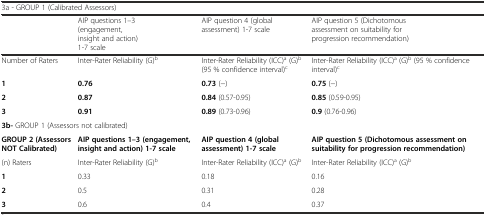
| <COLSPAN=4> 3a - GROUP 1 (Calibrated Assessors) |
 |  | AIP questions 1–3 (engagement, insight and action) 1-7 scale | AIP question 4 (global assessment) 1-7 scale | AIP question 5 (Dichotomous assessment on suitability for progression recommendation) |
 | --- | --- | --- | --- |
 | Number of Raters | Inter-Rater Reliability (G)b | Inter-Rater Reliability (ICC)a (G)b (95 % confidence interval)c | Inter-Rater Reliability (ICC)a (G)b (95 % confidence interval)c |
 | 1 | 0.76 | 0.73 (−) | 0.75 (−) |
 | 2 | 0.87 | 0.84 (0.57-0.95) | 0.85 (0.59-0.95) |
 | 3 | 0.91 | 0.89 (0.73-0.96) | 0.9 (0.76-0.96) |
 | <COLSPAN=4> 3b- GROUP 1 (Assessors not calibrated) |
 | GROUP 2 (Assessors NOT Calibrated) | AIP questions 1–3 (engagement, insight and action) 1-7 scale | AIP question 4 (global assessment) 1-7 scale | AIP question 5 (Dichotomous assessment on suitability for progression recommendation) |
 | (n) Raters | Inter-Rater Reliability (G)b | Inter-Rater Reliability (ICC)a (G)b | Inter-Rater Reliability (ICC)a (G)b |
 | 1 | 0.33 | 0.18 | 0.16 |
 | 2 | 0.5 | 0.31 | 0.28 |
 | 3 | 0.6 | 0.4 | 0.37 |